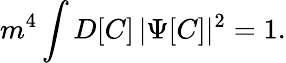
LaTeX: m^{4}\int D[C]\, \vert\Psi[C]\vert^{2}=1.